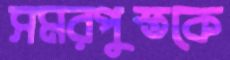
সমরপুস্তকে